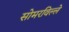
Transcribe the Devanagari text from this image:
सोमरविल्ले